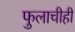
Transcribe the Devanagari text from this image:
फुलाचीही